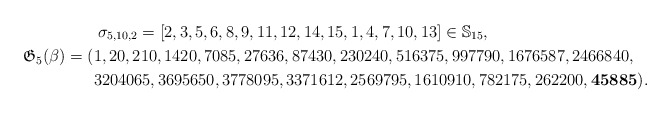
\begin{gather*}\sigma_{5,10,2}=[2,3,5,6,8,9,11,12,14,15,1,4,7,10,13] \in \mathbb{S}_{15}, \\\mathfrak{G}_{5}(\beta)= (1,20,210,1420,7085,27636,87430,230240,516375,997790,1676587,2466840,\\\hphantom{\mathfrak{G}_{5}(\beta)= (}{}3204065,3695650,3778095,3371612,2569795,1610910,782175,262200,{\bf 45885}).\end{gather*}